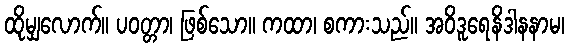
ထိုမျှလောက်။ ပဝတ္တာ၊ ဖြစ်သော။ ကထာ၊ စကားသည်။ အဝိဒူရေနိဒါနနာမ၊